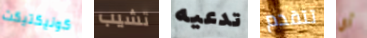
كونيكتيكت تشيب تدعيه تتقدم أي